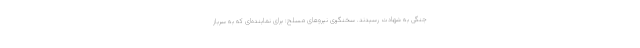
جنگی به شهادت رسیدند. سخنگوی نیروهای مسلح: برای نماینده‌ای که به سرباز